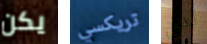
يكن تريكسي لدي